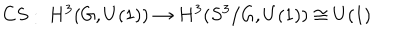
LaTeX: C S : \ H ^ { 3 } ( G , U ( 1 ) ) \to H ^ { 3 } ( S ^ { 3 } / G , U ( 1 ) ) \cong U ( 1 )